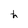
Character: h